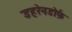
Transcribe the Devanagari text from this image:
डहरेनडोर्फ़